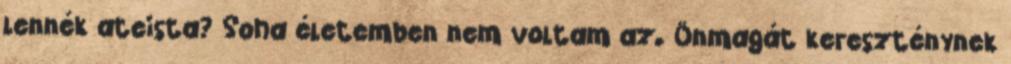
lennék ateista? Soha életemben nem voltam az. Önmagát kereszténynek